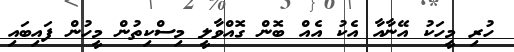
ހުރި މީހަކު އޭނާއާ އެކު އެއް ބޮން ގޮއްވާލީ މިސްކިތުން މީހުން ފައިބައި